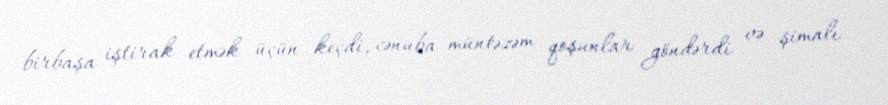
birbaşa iştirak etmək üçün keçdi, cənuba müntəzəm qoşunlar göndərdi və şimalı